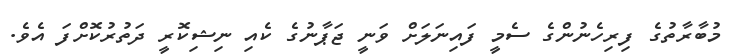
މުބާރާތުގެ ފިރިހެނުންގެ ސެމީ ފައިނަލަށް ވަނީ ޖަޕާނުގެ ކެއި ނިޝިކޮރީ ދަތުރުކޮށްފަ އެވެ.